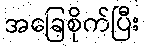
အခြေစိုက်ပြီး